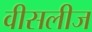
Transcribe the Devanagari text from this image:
वीसलीज